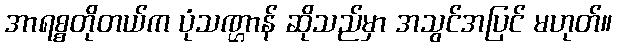
အာရစ္စတိုတယ်က ပုံသဏ္ဌာန် ဆိုသည်မှာ အသွင်အပြင် မဟုတ်။